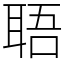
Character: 䎸